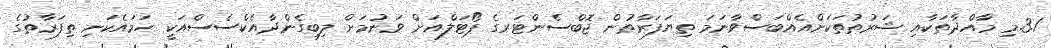
3.1.މި މާއްދާތަކާއި ޝަރުތުތަކަށްއެއްބަސްވާނަމަ ތިޔަފަރާތުން ޖޮބްސެންޓަރގެ ޕޯޓަލްއަށް ވަނުމަށް ލިބިގެންދާއެކްސެސްއަކީ ހަމައެކަނި ތިފަރާތުގެ